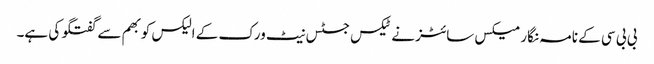
بی بی سی کے نامہ نگار میکس سائٹز نے ٹیکس جسٹس نیٹ ورک کے الیکس کوبھم سے گفتگو کی ہے۔